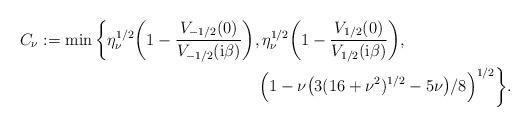
LaTeX: \begin{align*} C_\nu :=\min\bigg\{\eta_\nu^{1/2}\bigg(1 -\frac{V_{-1/2}(0)}{V_{-1/2}(\mathrm i\beta)}\bigg),&\, \eta_\nu^{1/2}\bigg(1 -\frac{V_{1/2}(0)}{V_{1/2}(\mathrm i\beta)}\bigg),\\ &\Big(1 -\nu\big(3(16 +\nu^2)^{1/2} -5\nu\big)/8\Big)^{1/2}\bigg\}.\end{align*}